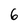
Character: 6